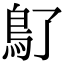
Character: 𩾒